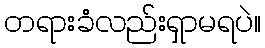
တရားခံလည်းရှာမရပဲ။